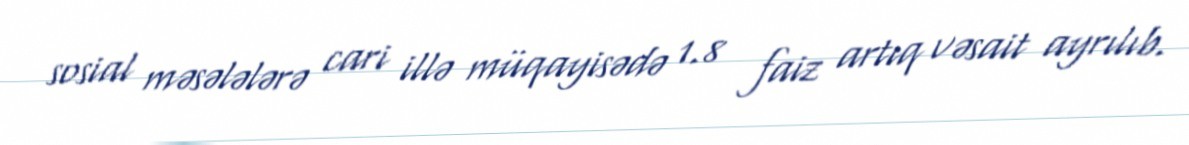
sosial məsələlərə cari illə müqayisədə 1.8 faiz artıq vəsait ayrılıb.